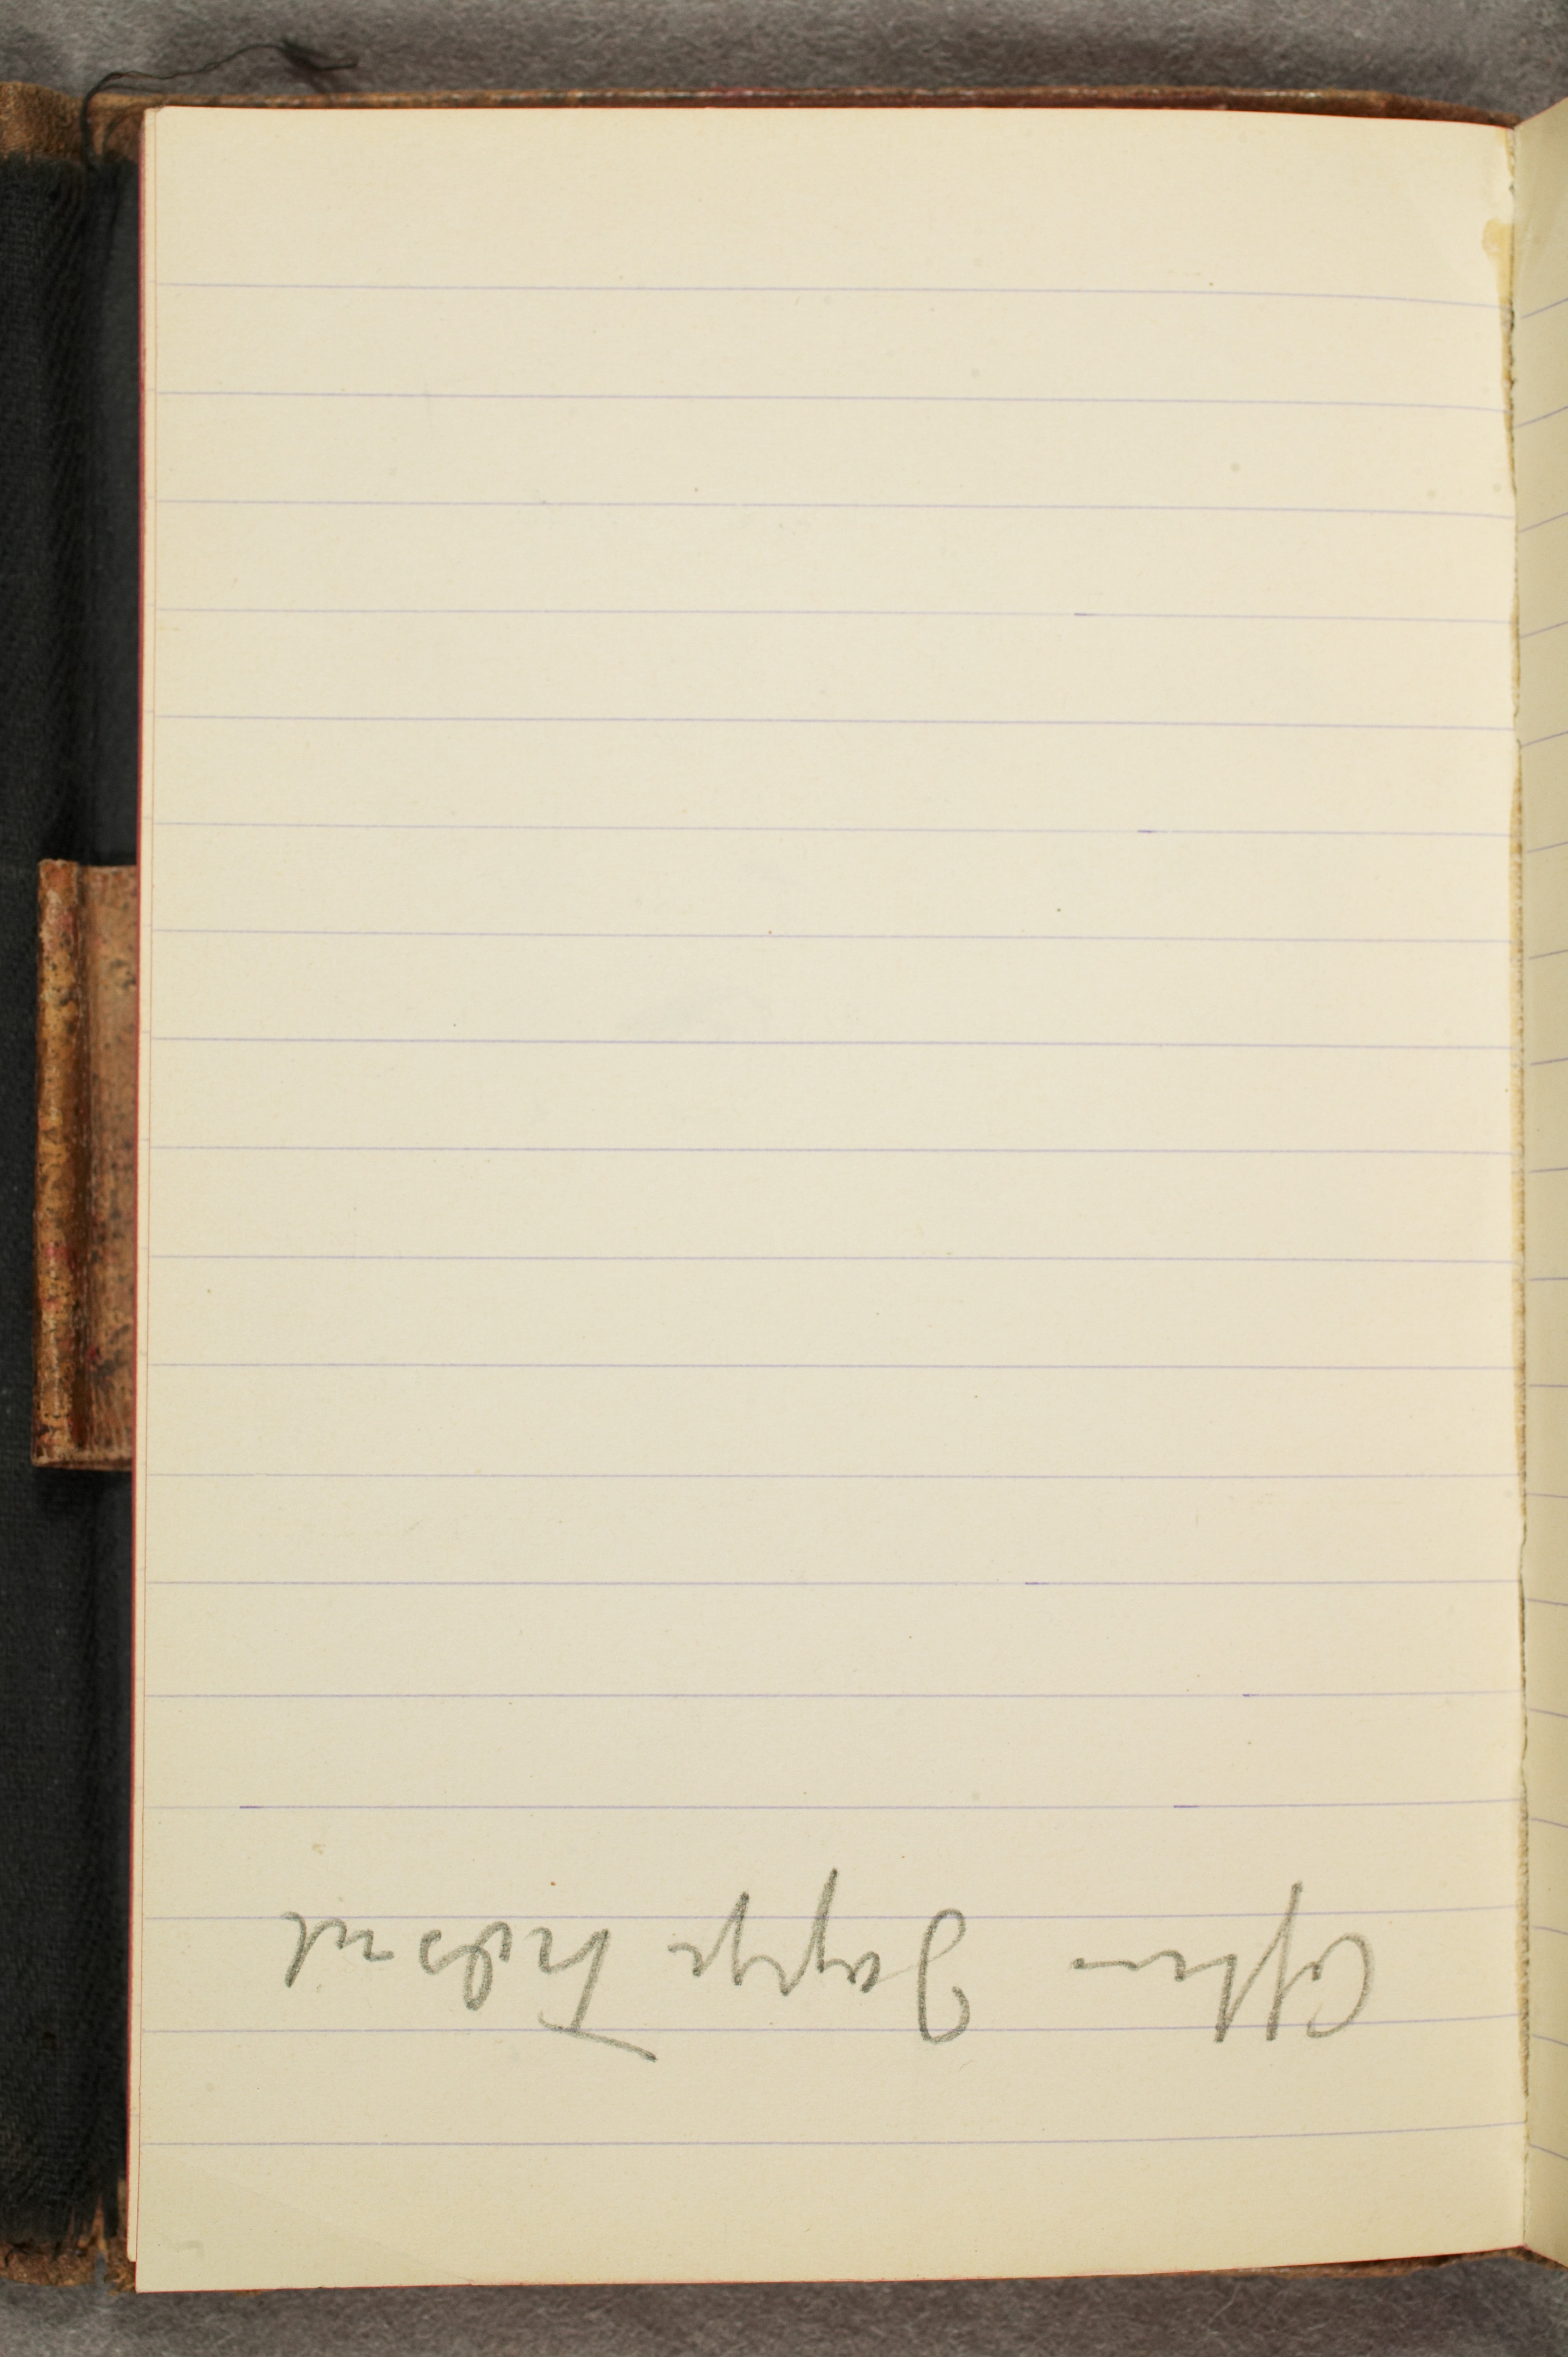
Aften Jappe Træsnit